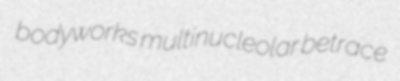
bodyworks multinucleolar betrace